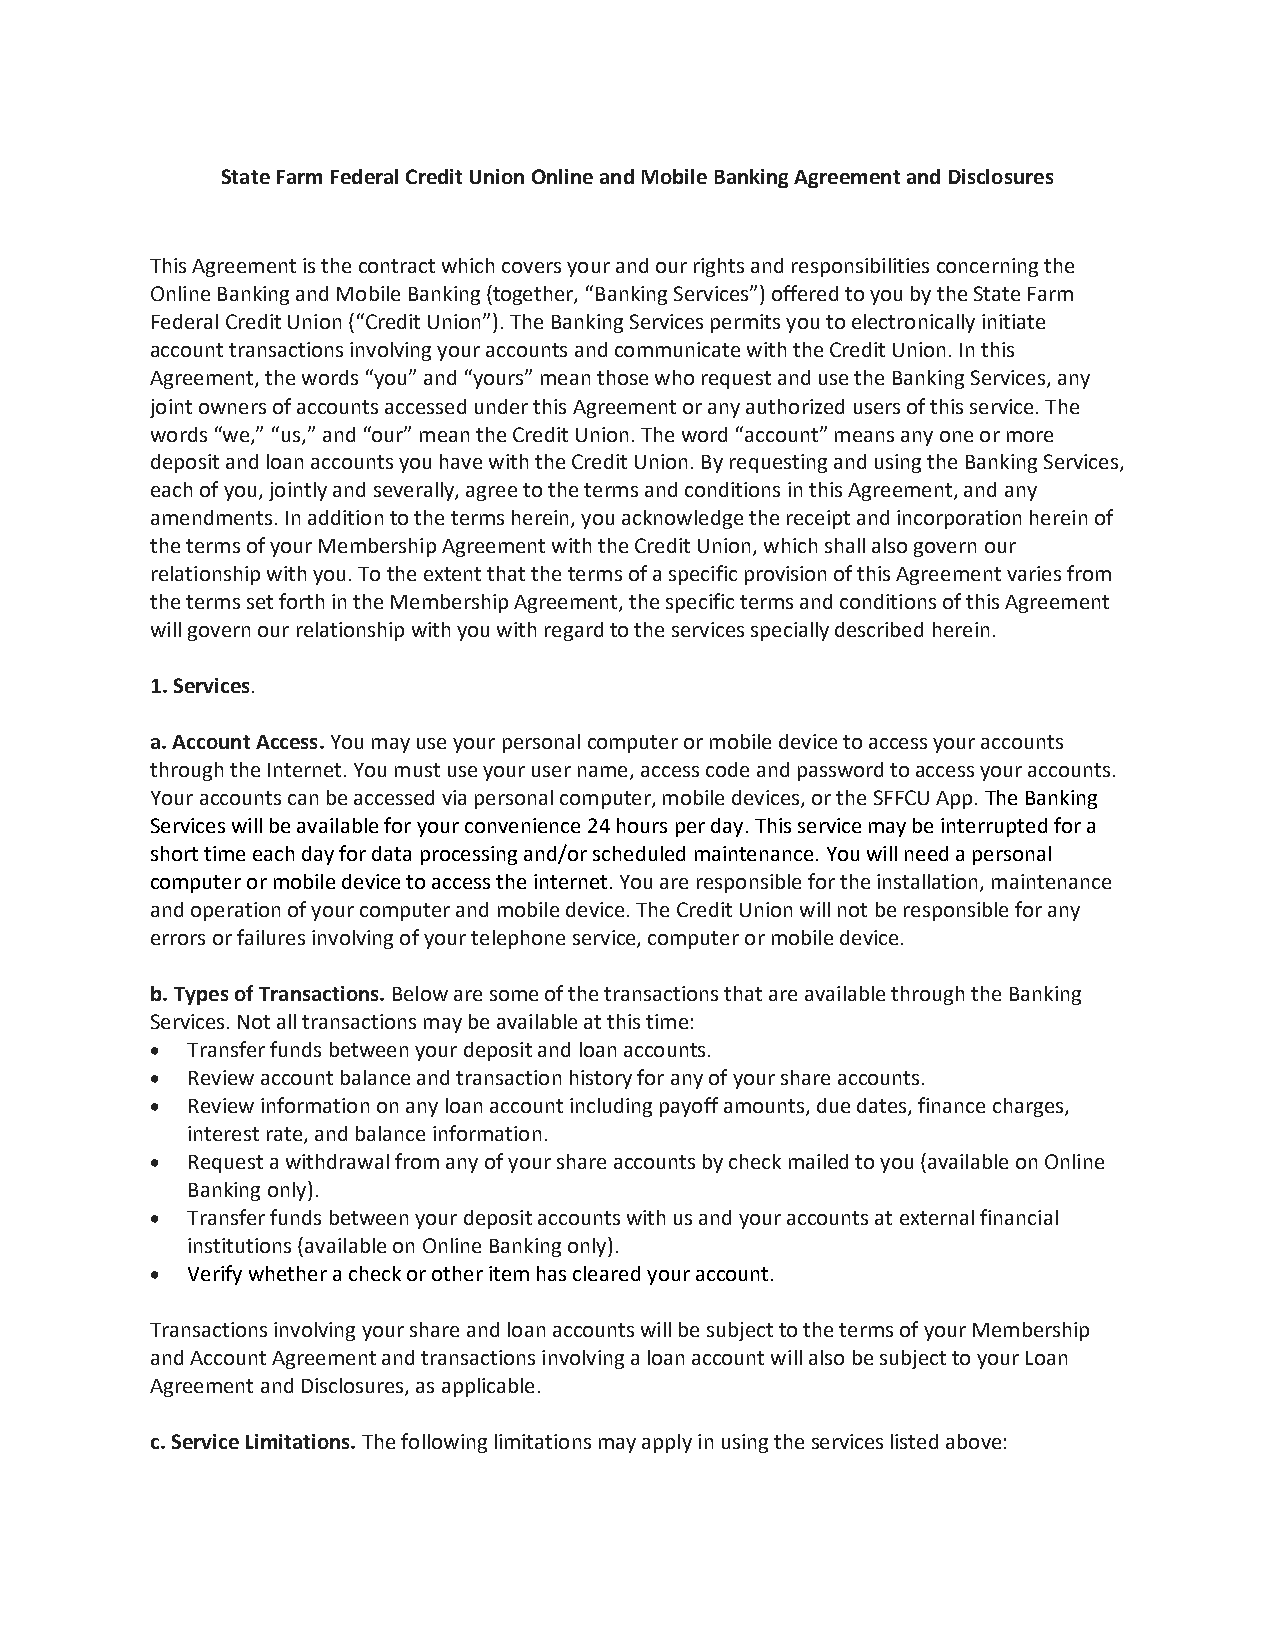
State Farm Federal Credit Union Online and Mobile Banking Agreement and Disclosures
 This Agreement is the contract which covers your and our rights and responsibilities concerning the
 Online Banking and Mobile Banking (together, “Banking Services”) offered to you by the State Farm
 Federal Credit Union (“Credit Union”). The Banking Services permits you to electronically initiate
 account transactions involving your accounts and communicate with the Credit Union. In this
 Agreement, the words “you” and “yours” mean those who request and use the Banking Services, any
 joint owners of accounts accessed under this Agreement or any authorized users of this service. The
 words “we,” “us,” and “our” mean the Credit Union. The word “account” means any one or more
 deposit and loan accounts you have with the Credit Union. By requesting and using the Banking Services,
 each of you, jointly and severally, agree to the terms and conditions in this Agreement, and any
 amendments. In addition to the terms herein, you acknowledge the receipt and incorporation herein of
 the terms of your Membership Agreement with the Credit Union, which shall also govern our
 relationship with you. To the extent that the terms of a specific provision of this Agreement varies from
 the terms set forth in the Membership Agreement, the specific terms and conditions of this Agreement
 will govern our relationship with you with regard to the services specially described herein.
 1. Services.
 a. Account Access. You may use your personal computer or mobile device to access your accounts
 through the Internet. You must use your user name, access code and password to access your accounts.
 Your accounts can be accessed via personal computer, mobile devices, or the SFFCU App. The Banking
 Services will be available for your convenience 24 hours per day. This service may be interrupted for a
 short time each day for data processing and/or scheduled maintenance. You will need a personal
 computer or mobile device to access the internet. You are responsible for the installation, maintenance
 and operation of your computer and mobile device. The Credit Union will not be responsible for any
 errors or failures involving of your telephone service, computer or mobile device.
 b. Types of Transactions. Below are some of the transactions that are available through the Banking
 Services. Not all transactions may be available at this time:
 • Transfer funds between your deposit and loan accounts.
 • Review account balance and transaction history for any of your share accounts.
 • Review information on any loan account including payoff amounts, due dates, finance charges,
 interest rate, and balance information.
 • Request a withdrawal from any of your share accounts by check mailed to you (available on Online
 Banking only).
 • Transfer funds between your deposit accounts with us and your accounts at external financial
 institutions (available on Online Banking only).
 • Verify whether a check or other item has cleared your account.
 Transactions involving your share and loan accounts will be subject to the terms of your Membership
 and Account Agreement and transactions involving a loan account will also be subject to your Loan
 Agreement and Disclosures, as applicable.
 c. Service Limitations. The following limitations may apply in using the services listed above: